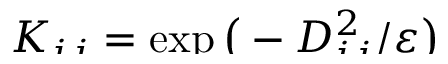
\smash { K _ { i j } = \exp \big ( - D _ { i j } ^ { 2 } / \varepsilon \big ) }